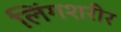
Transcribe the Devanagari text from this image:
लिंगशरीर